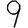
Digit: 9